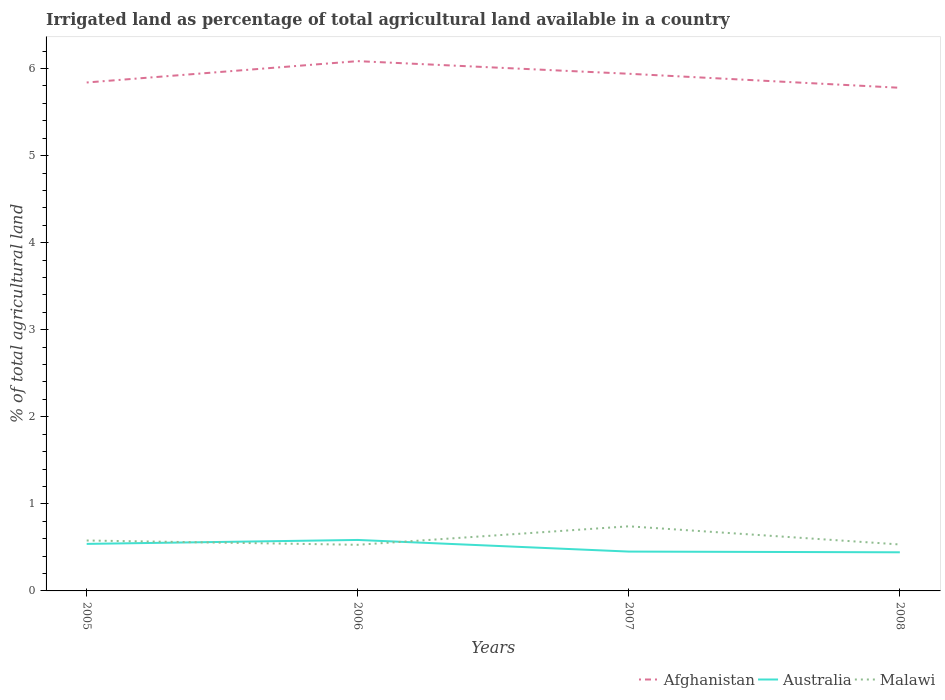
| Years | Afghanistan | Australia | Malawi |
 | --- | --- | --- | --- |
 | 2005 | 5.84 | 0.54 | 0.579 |
 | 2006 | 6.09 | 0.585 | 0.53 |
 | 2007 | 5.94 | 0.452 | 0.742 |
 | 2008 | 5.78 | 0.444 | 0.534 |